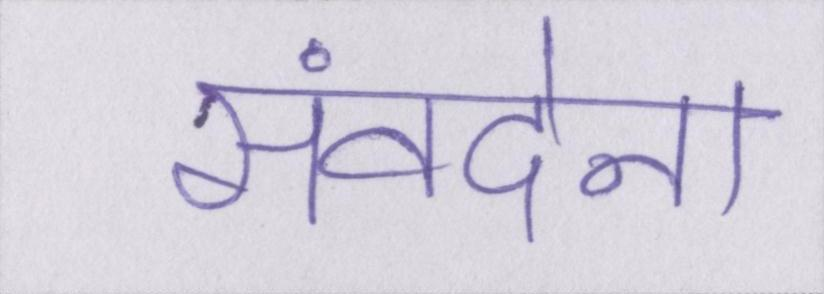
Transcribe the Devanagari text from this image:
संवदेना